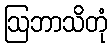
ဩဘာသိတုံ